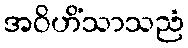
အဝိဟိံသာသညံ